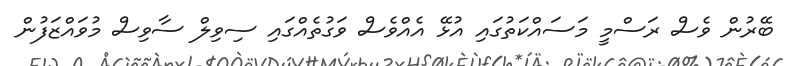
ބޭރުން ވެސް ރަސްމީ މަސައްކަތުގައި އުޅޭ އެއްވެސް ވަގުތެއްގައި ސިވިލް ސާވިސް މުވައްޒަފުން